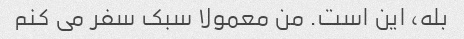
بله، این است. من معمولا سبک سفر می کنم